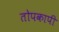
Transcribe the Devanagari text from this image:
तोपकापी